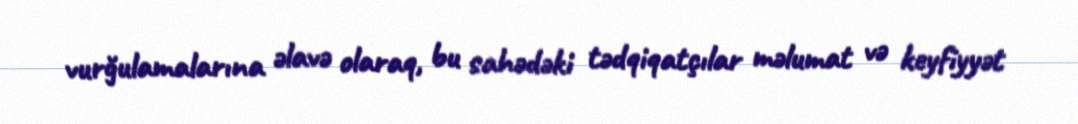
vurğulamalarına əlavə olaraq, bu sahədəki tədqiqatçılar məlumat və keyfiyyət